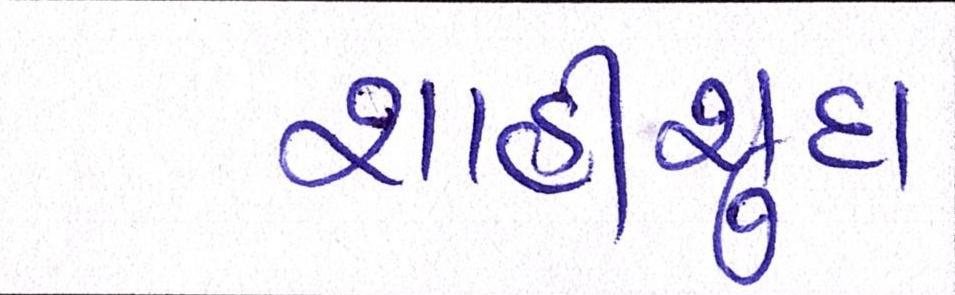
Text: શાદીશુદા